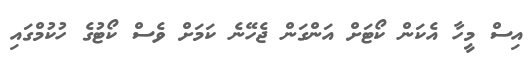
އިސް މީހާ އެކަން ކޯޓަށް އަންގަން ޖެހޭނެ ކަމަށް ވެސް ކޯޓުގެ ހުކުމްގައި